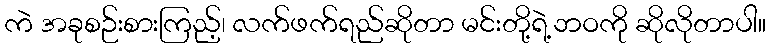
ကဲ အခုစဉ်းစားကြည့်၊ လက်ဖက်ရည်ဆိုတာ မင်းတို့ရဲ့ဘဝကို ဆိုလိုတာပါ။